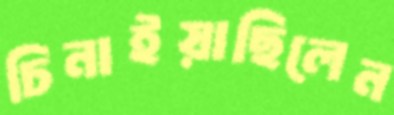
চিনাইয়াছিলেন